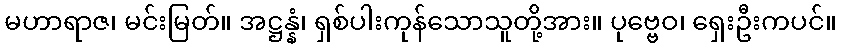
မဟာရာဇ၊ မင်းမြတ်။ အဋ္ဌန္နံ၊ ရှစ်ပါးကုန်သောသူတို့အား။ ပုဗ္ဗေဝ၊ ရှေးဦးကပင်။